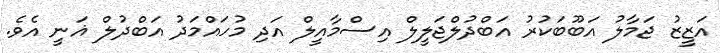
އަޒީޒު ޖަމާލު އަބޫބަކުރު އަބްދުލްޖަލީލް އިސްމާއީލް އަދި މުހައްމަދު އަބްދުލް ޣަނީ އެވެ.